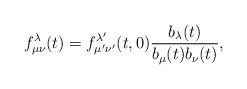
LaTeX: \begin{align*}f^{\lambda}_{\mu\nu}(t)=f^{\lambda'}_{\mu'\nu'}(t,0)\frac{b_{\lambda}(t)}{b_{\mu}(t)b_{\nu}(t)},\end{align*}